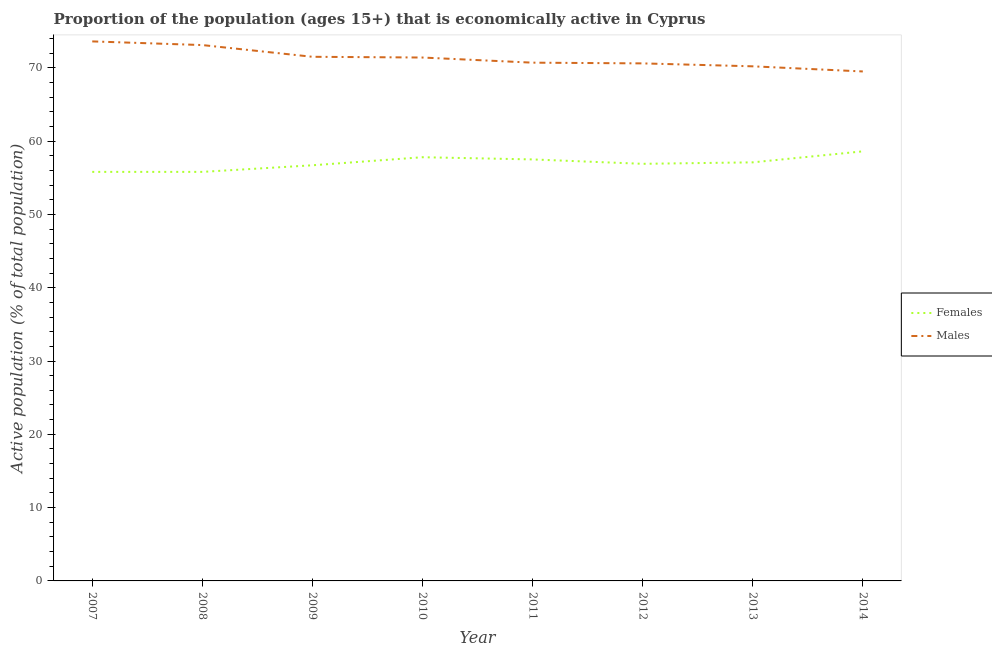
| Year | Females | Males |
 | --- | --- | --- |
 | 2007 | 55.8 | 73.6 |
 | 2008 | 55.8 | 73.1 |
 | 2009 | 56.7 | 71.5 |
 | 2010 | 57.8 | 71.4 |
 | 2011 | 57.5 | 70.7 |
 | 2012 | 56.9 | 70.6 |
 | 2013 | 57.1 | 70.2 |
 | 2014 | 58.6 | 69.5 |